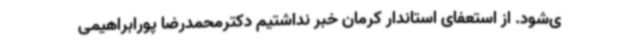
ی‌شود. از استعفای استاندار کرمان خبر نداشتیم دکترمحمدرضا پورابراهیمی